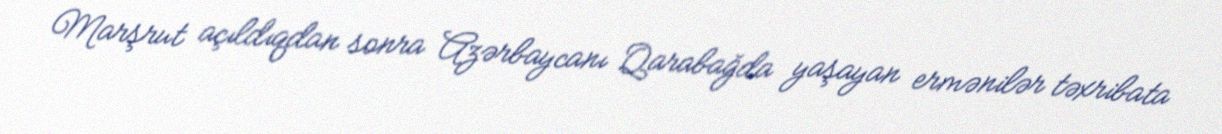
Marşrut açıldıqdan sonra Azərbaycanı Qarabağda yaşayan ermənilər təxribata